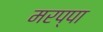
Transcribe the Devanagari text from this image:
मरप्पा